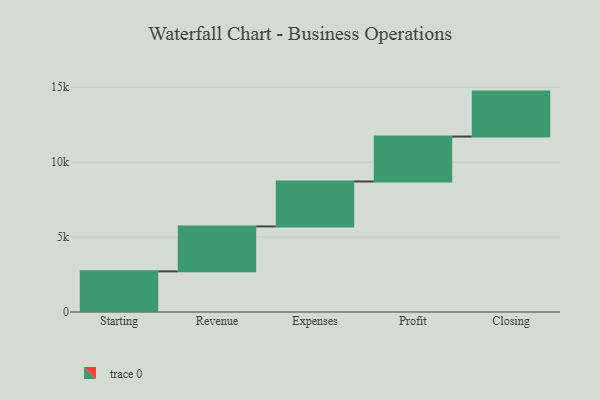
{"axis": {"x": "Step", "y": "Value"}, "legend": [""], "data": [{"x": "Starting", "y": 2712.0, "type": ""}, {"x": "Revenue", "y": 3000, "type": ""}, {"x": "Expenses", "y": 3000, "type": ""}, {"x": "Profit", "y": 3000, "type": ""}, {"x": "Closing", "y": 3000, "type": ""}]}